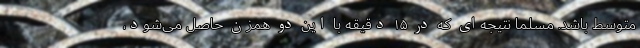
متوسط باشد. مسلماً نتیجه‌ای که در ۱۵ دقیقه با این دو همزن حاصل می‌شود،